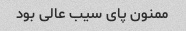
ممنون پای سیب عالی بود